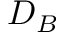
D _ { B }